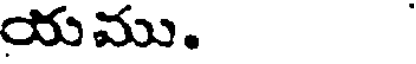
యము.